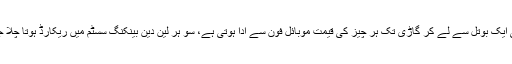
پانی کی ایک بوتل سے لے کر گاڑی تک ہر چیز کی قیمت موبائل فون سے ادا ہوتی ہے، سو ہر لین دین بینکنگ سسٹم میں ریکارڈ ہوتا چلا جاتا ہے۔